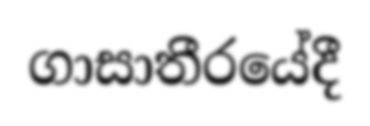
ගාසාතීරයේදී